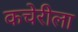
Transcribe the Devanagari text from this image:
कचेरीला